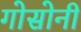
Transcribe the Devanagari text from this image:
गोसोनी